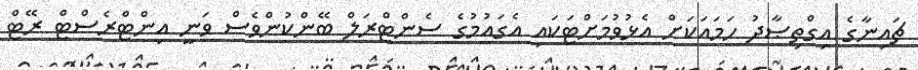
ޗައިނާގެ އިގްތިޞާދު ހަމައަކަށް އެޅުވުމަށްޓަކައި އެގައުމުގެ ސެންޓްރަލް ބޭންކުންވެސް ވަނީ އިންޓްރެސްޓް ރޭޓް